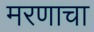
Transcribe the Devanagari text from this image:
मरणाचा